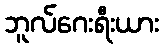
ဘူလ်ဂေးရီးယား